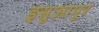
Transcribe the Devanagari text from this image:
इसुआपुर